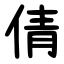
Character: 倩